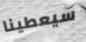
سيعطينا